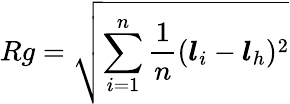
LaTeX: Rg=\sqrt{\sum_{i=1}^{n}{\frac{1}{n}(\boldsymbol{l}_{i}-\boldsymbol{l}_{h})^{2}}}